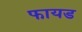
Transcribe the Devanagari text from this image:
फायड